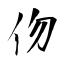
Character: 伆